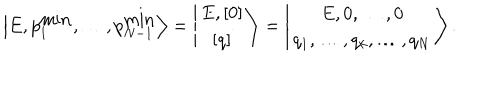
\left\vert E , p _ { 1 } ^ { \mathrm { m i n } } , \ldots , p _ { N - 1 } ^ { \mathrm { m i n } } \right> = \left\vert \begin{array} { c } { { E , \left[ 0 \right] } } \\ { { \left[ q \right] } } \\ \end{array} \right> = \left\vert \begin{array} { c } { { E , 0 , \ldots , 0 } } \\ { { q _ { 1 } , \ldots , q _ { k } , \ldots , q _ { N } } } \\ \end{array} \right> .